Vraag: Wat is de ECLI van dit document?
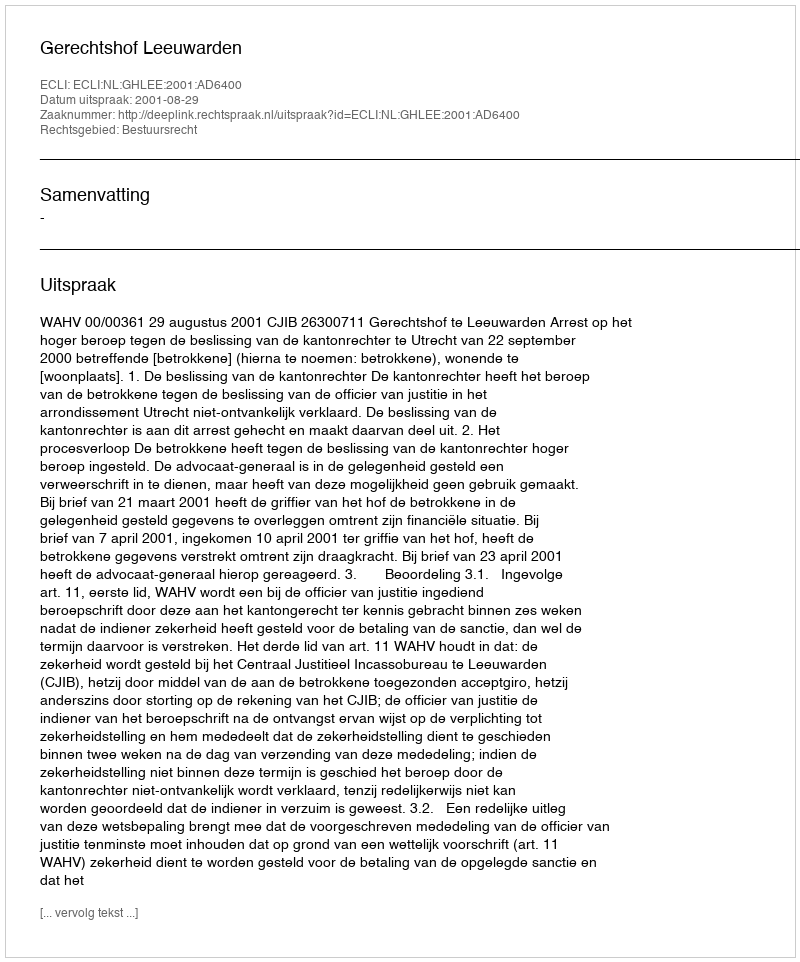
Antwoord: ECLI:NL:GHLEE:2001:AD6400